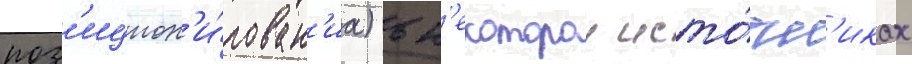
поз'ицион'и́рован'иа) в н'екоторои исто́чн'иках